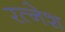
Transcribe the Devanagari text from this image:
रत्नेश